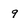
Character: 9